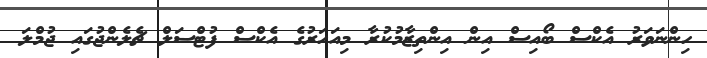
ހިންނަވަރު އެކްސް ބޯއިސް އިން އިންތިޒާމުކުރާ މިއަހަރުގެ އެކްސް ފުޓްސަލް ޗެލެންޖުގައި ޖުމްލަ